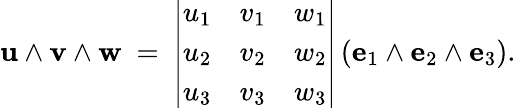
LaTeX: \mathbf{u}\wedge\mathbf{v}\wedge\mathbf{w}\ =\ {\left|\begin{array}{lll}{u_{1}}&{v_{1}}&{w_{1}}\\ {u_{2}}&{v_{2}}&{w_{2}}\\ {u_{3}}&{v_{3}}&{w_{3}}\end{array}\right|}\left(\mathbf{e}_{1}\wedge\mathbf{e}_{2}\wedge\mathbf{e}_{3}\right).